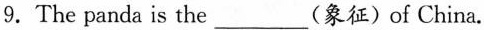
9.The panda is the___(象征)of China.